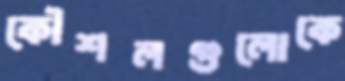
কৌশলগুলোকে